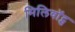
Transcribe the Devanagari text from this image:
मिलिवॉट्स